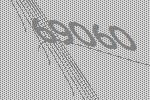
69060